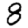
Digit: 8